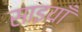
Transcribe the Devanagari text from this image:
साइयाँ